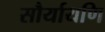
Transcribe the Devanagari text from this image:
सौर्यायणि